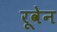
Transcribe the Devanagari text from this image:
रूवेन